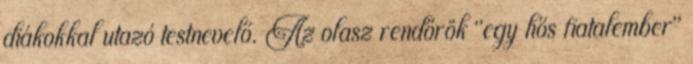
diákokkal utazó testnevelő. Az olasz rendőrök "egy hős fiatalember"